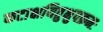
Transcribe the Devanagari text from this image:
कटाक्षयितुभुपक्रमः